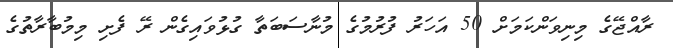
ރާއްޖޭގެ މިނިވަންކަމަށް 50 އަހަރު ފުރުމުގެ މުނާސަބަތާ ގުޅުވައިގެން ރޭ ފެށި މިމުބާރާތުގެ